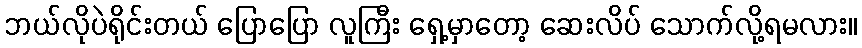
ဘယ်လိုပဲရိုင်းတယ် ပြောပြော လူကြီး ရှေ့မှာတော့ ဆေးလိပ် သောက်လို့ရမလား။